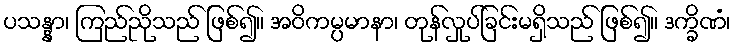
ပသန္နာ၊ ကြည်ညိုသည် ဖြစ်၍။ အဝိကမ္ပမာနာ၊ တုန်လှုပ်ခြင်းမရှိသည် ဖြစ်၍။ ဒက္ခိဏံ၊